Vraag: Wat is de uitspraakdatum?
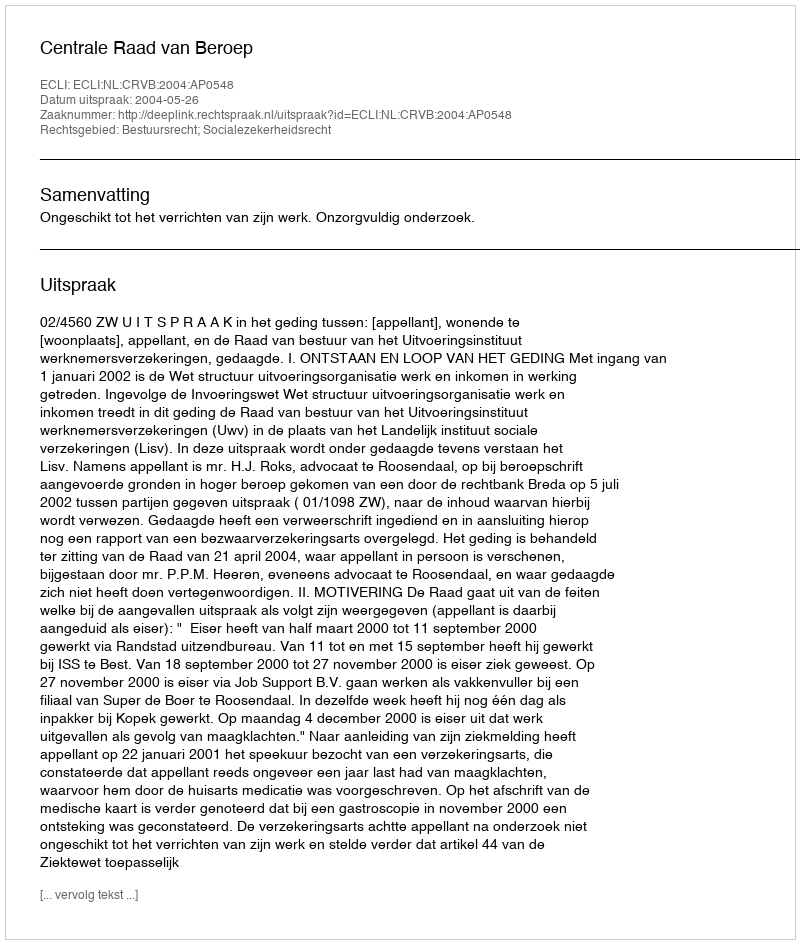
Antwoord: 2004-05-26